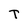
Character: T